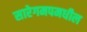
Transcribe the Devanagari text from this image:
सारेगमपमधील